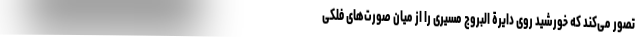
تصور می‌کند که خورشید روی دایرة البروج مسیری را از میان صورت‌های فلکی